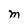
Character: M